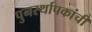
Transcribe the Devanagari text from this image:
पुनर्स्थापकांची